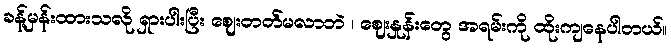
ခန့်မှန်းထားသလို ရှားပါးပြီး ဈေးတတ်မလာဘဲ ၊ ဈေးနှုန်းတွေ အရမ်းကို ထိုးကျနေပါတယ်။